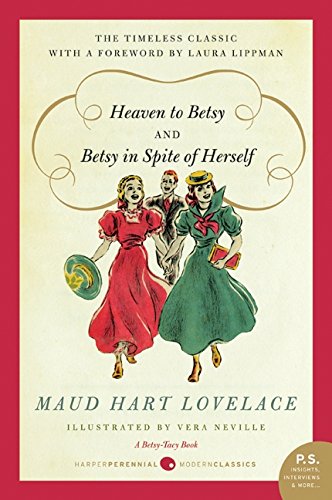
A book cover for Heaven to Betsy/Betsy in Spite of Herself; Maud Hart Lovelace; Literature & Fiction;